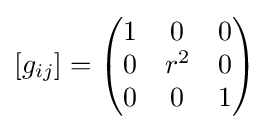
[g_{ij}]={\begin{pmatrix}1&0&0\\0&r^{2}&0\\0&0&1\\\end{pmatrix}}